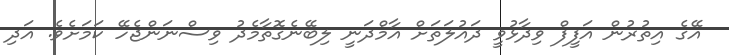
އޭގެ އިތުރުން އަފީފް ވިދާޅުވީ ދައުލަތަށް އާމްދަނީ ލިބޭނެގޮތާމެދު ވިސްނަންޖެހޭ ކަމަށެވެ. އަދި